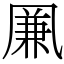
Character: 凲